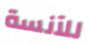
للآنسة